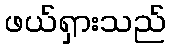
ဖယ်ရှားသည်